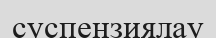
суспензиялау